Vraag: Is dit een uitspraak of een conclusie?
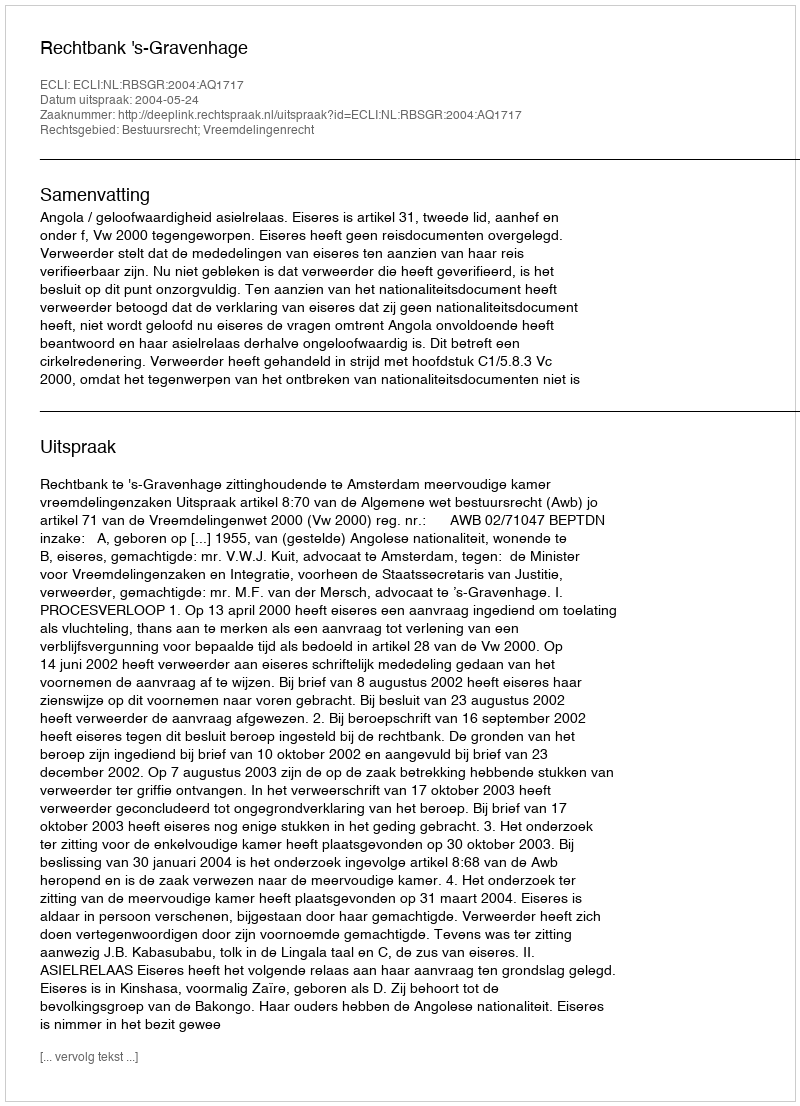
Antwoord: Uitspraak